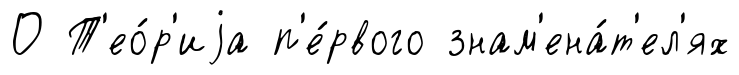
О Т'ео́р'иjа п'е́рвого знам'ена́т'ел'ях